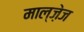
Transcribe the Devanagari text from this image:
माल्ज़ेज